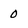
Character: 0